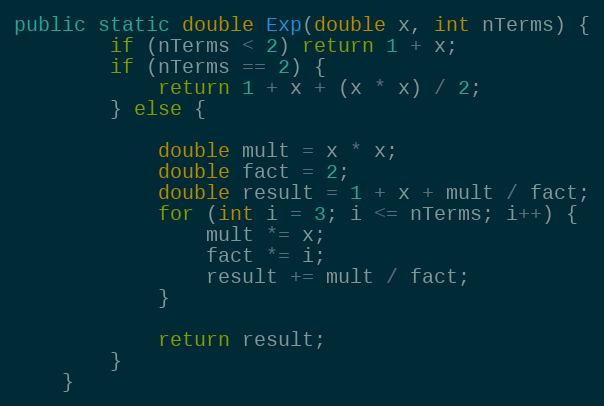
Language: Java
public static double Exp(double x, int nTerms) {
        if (nTerms < 2) return 1 + x;
        if (nTerms == 2) {
            return 1 + x + (x * x) / 2;
        } else {

            double mult = x * x;
            double fact = 2;
            double result = 1 + x + mult / fact;
            for (int i = 3; i <= nTerms; i++) {
                mult *= x;
                fact *= i;
                result += mult / fact;
            }

            return result;
        }
    }